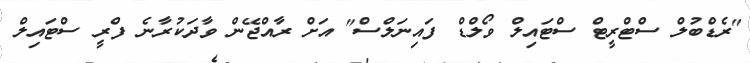
"ރެޑްބުލް ސްޓްރީޓް ސްޓައިލް ވޯލްޑް ފައިނަލްސް" އަށް ރާއްޖޭން ވާދަކުރާނެ ފްރީ ސްޓައިލް